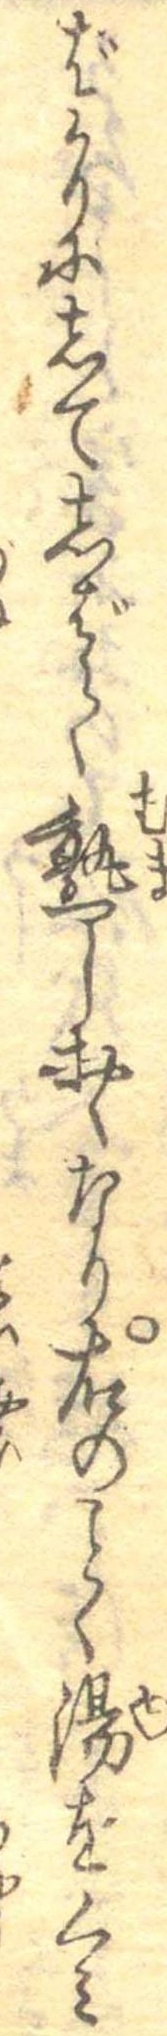
ばかりにしてしばらく熟しおくなり右のことく湯をくみ